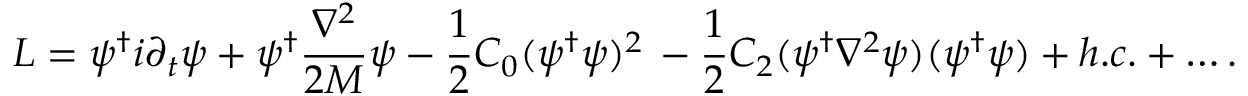
{ \cal L } = \psi ^ { \dagger } i \partial _ { t } \psi + \psi ^ { \dagger } \frac { \nabla ^ { 2 } } { 2 M } \psi - \frac { 1 } { 2 } C _ { 0 } ( \psi ^ { \dagger } \psi ) ^ { 2 } \, - \frac { 1 } { 2 } C _ { 2 } ( \psi ^ { \dagger } \nabla ^ { 2 } \psi ) ( \psi ^ { \dagger } \psi ) + h . c . + \ldots .